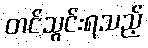
တင်သွင်းရသည့်